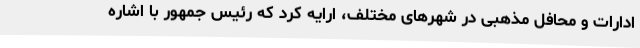
ادارات و محافل مذهبی در شهرهای مختلف، ارایه کرد که رئیس جمهور با اشاره